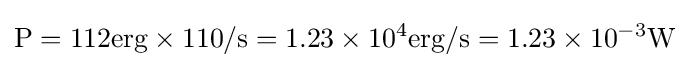
{\text{P}}=112{\text{erg}}\times 110{\text{/s}}=1.23\times 10^{4}{\text{erg/s}}=1.23\times 10^{-3}{\text{W}}